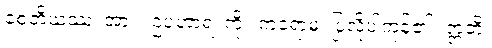
စေတိယဿ၊ အား။ ဥပဟာရံ၊ ကို။ ကရောမ၊ ပြုလိုပါကုန်၏။ ဣတိ၊